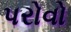
પરોવો